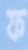
ফ